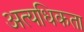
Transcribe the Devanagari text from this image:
अत्यधिकता